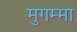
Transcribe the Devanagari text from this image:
मुगम्मा